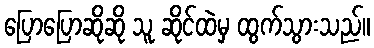
ပြောပြောဆိုဆို သူ ဆိုင်ထဲမှ ထွက်သွားသည်။